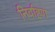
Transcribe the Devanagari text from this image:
निर्वाहण